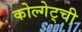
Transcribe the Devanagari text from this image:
कोल्गेट्ची